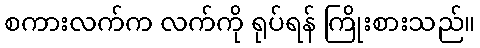
စကားလက်က လက်ကို ရုပ်ရန် ကြိုးစားသည်။